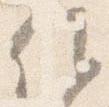
候